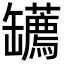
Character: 䍎